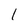
Character: 1